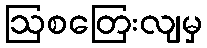
ဩစတြေးလျမှ